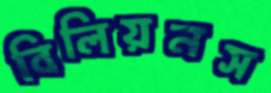
বিলিয়নস